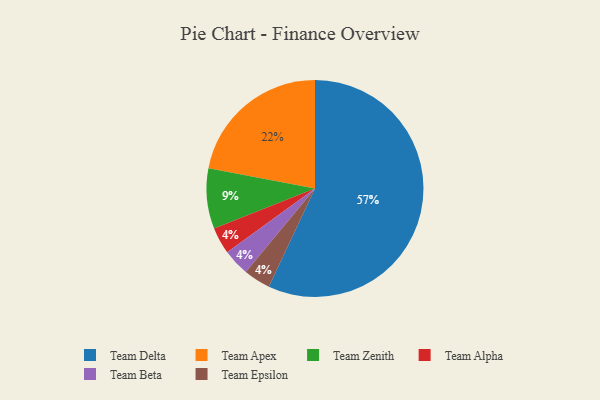
{"axis": {"x": "Category", "y": "Percentage"}, "legend": ["Team Alpha", "Team Apex", "Team Beta", "Team Delta", "Team Epsilon", "Team Zenith"], "data": [{"x": "Team Alpha", "y": 4, "type": "Team Alpha"}, {"x": "Team Delta", "y": 57, "type": "Team Delta"}, {"x": "Team Apex", "y": 22, "type": "Team Apex"}, {"x": "Team Zenith", "y": 9, "type": "Team Zenith"}, {"x": "Team Beta", "y": 4, "type": "Team Beta"}, {"x": "Team Epsilon", "y": 4, "type": "Team Epsilon"}]}